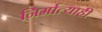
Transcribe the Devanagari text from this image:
निर्मात्याही